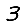
Digit: 3